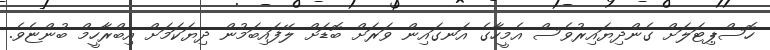
ހޮސްޕިޓަލަށް ގެންދިޔައިރުވެސް އެމީހާގެ އަނގައިން ވަރަށް ބޮޑަށް ލޭފައިބަމުން ދިޔަކަމަށް އިބްރާހީމް ބުންޏެވެ.